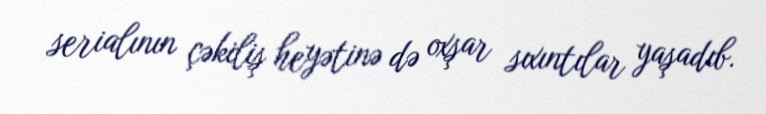
serialının çəkiliş heyətinə də oxşar sıxıntılar yaşadıb.